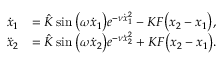
\begin{array} { r l } { \dot { x } _ { 1 } } & { = \hat { K } \sin \big ( \omega \dot { x } _ { 1 } \big ) e ^ { - \nu \dot { x } _ { 1 } ^ { 2 } } - K F \big ( { x } _ { 2 } - { x } _ { 1 } \big ) , } \\ { \ddot { x } _ { 2 } } & { = \hat { K } \sin \big ( \omega \dot { x } _ { 2 } \big ) e ^ { - \nu \dot { x } _ { 2 } ^ { 2 } } + K F \big ( { x } _ { 2 } - { x } _ { 1 } \big ) . } \end{array}